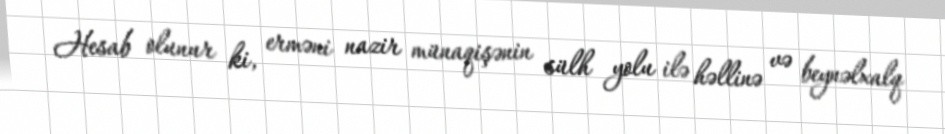
Hesab olunur ki, erməni nazir münaqişənin sülh yolu ilə həllinə və beynəlxalq